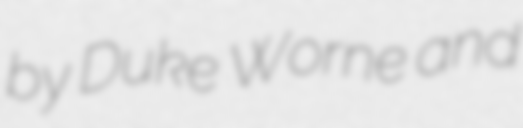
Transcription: by Duke Worne and